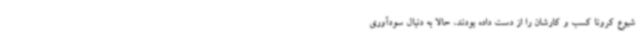
شیوع کرونا کسب و کارشان را از دست داده بودند، حالا به دنبال سودآوری